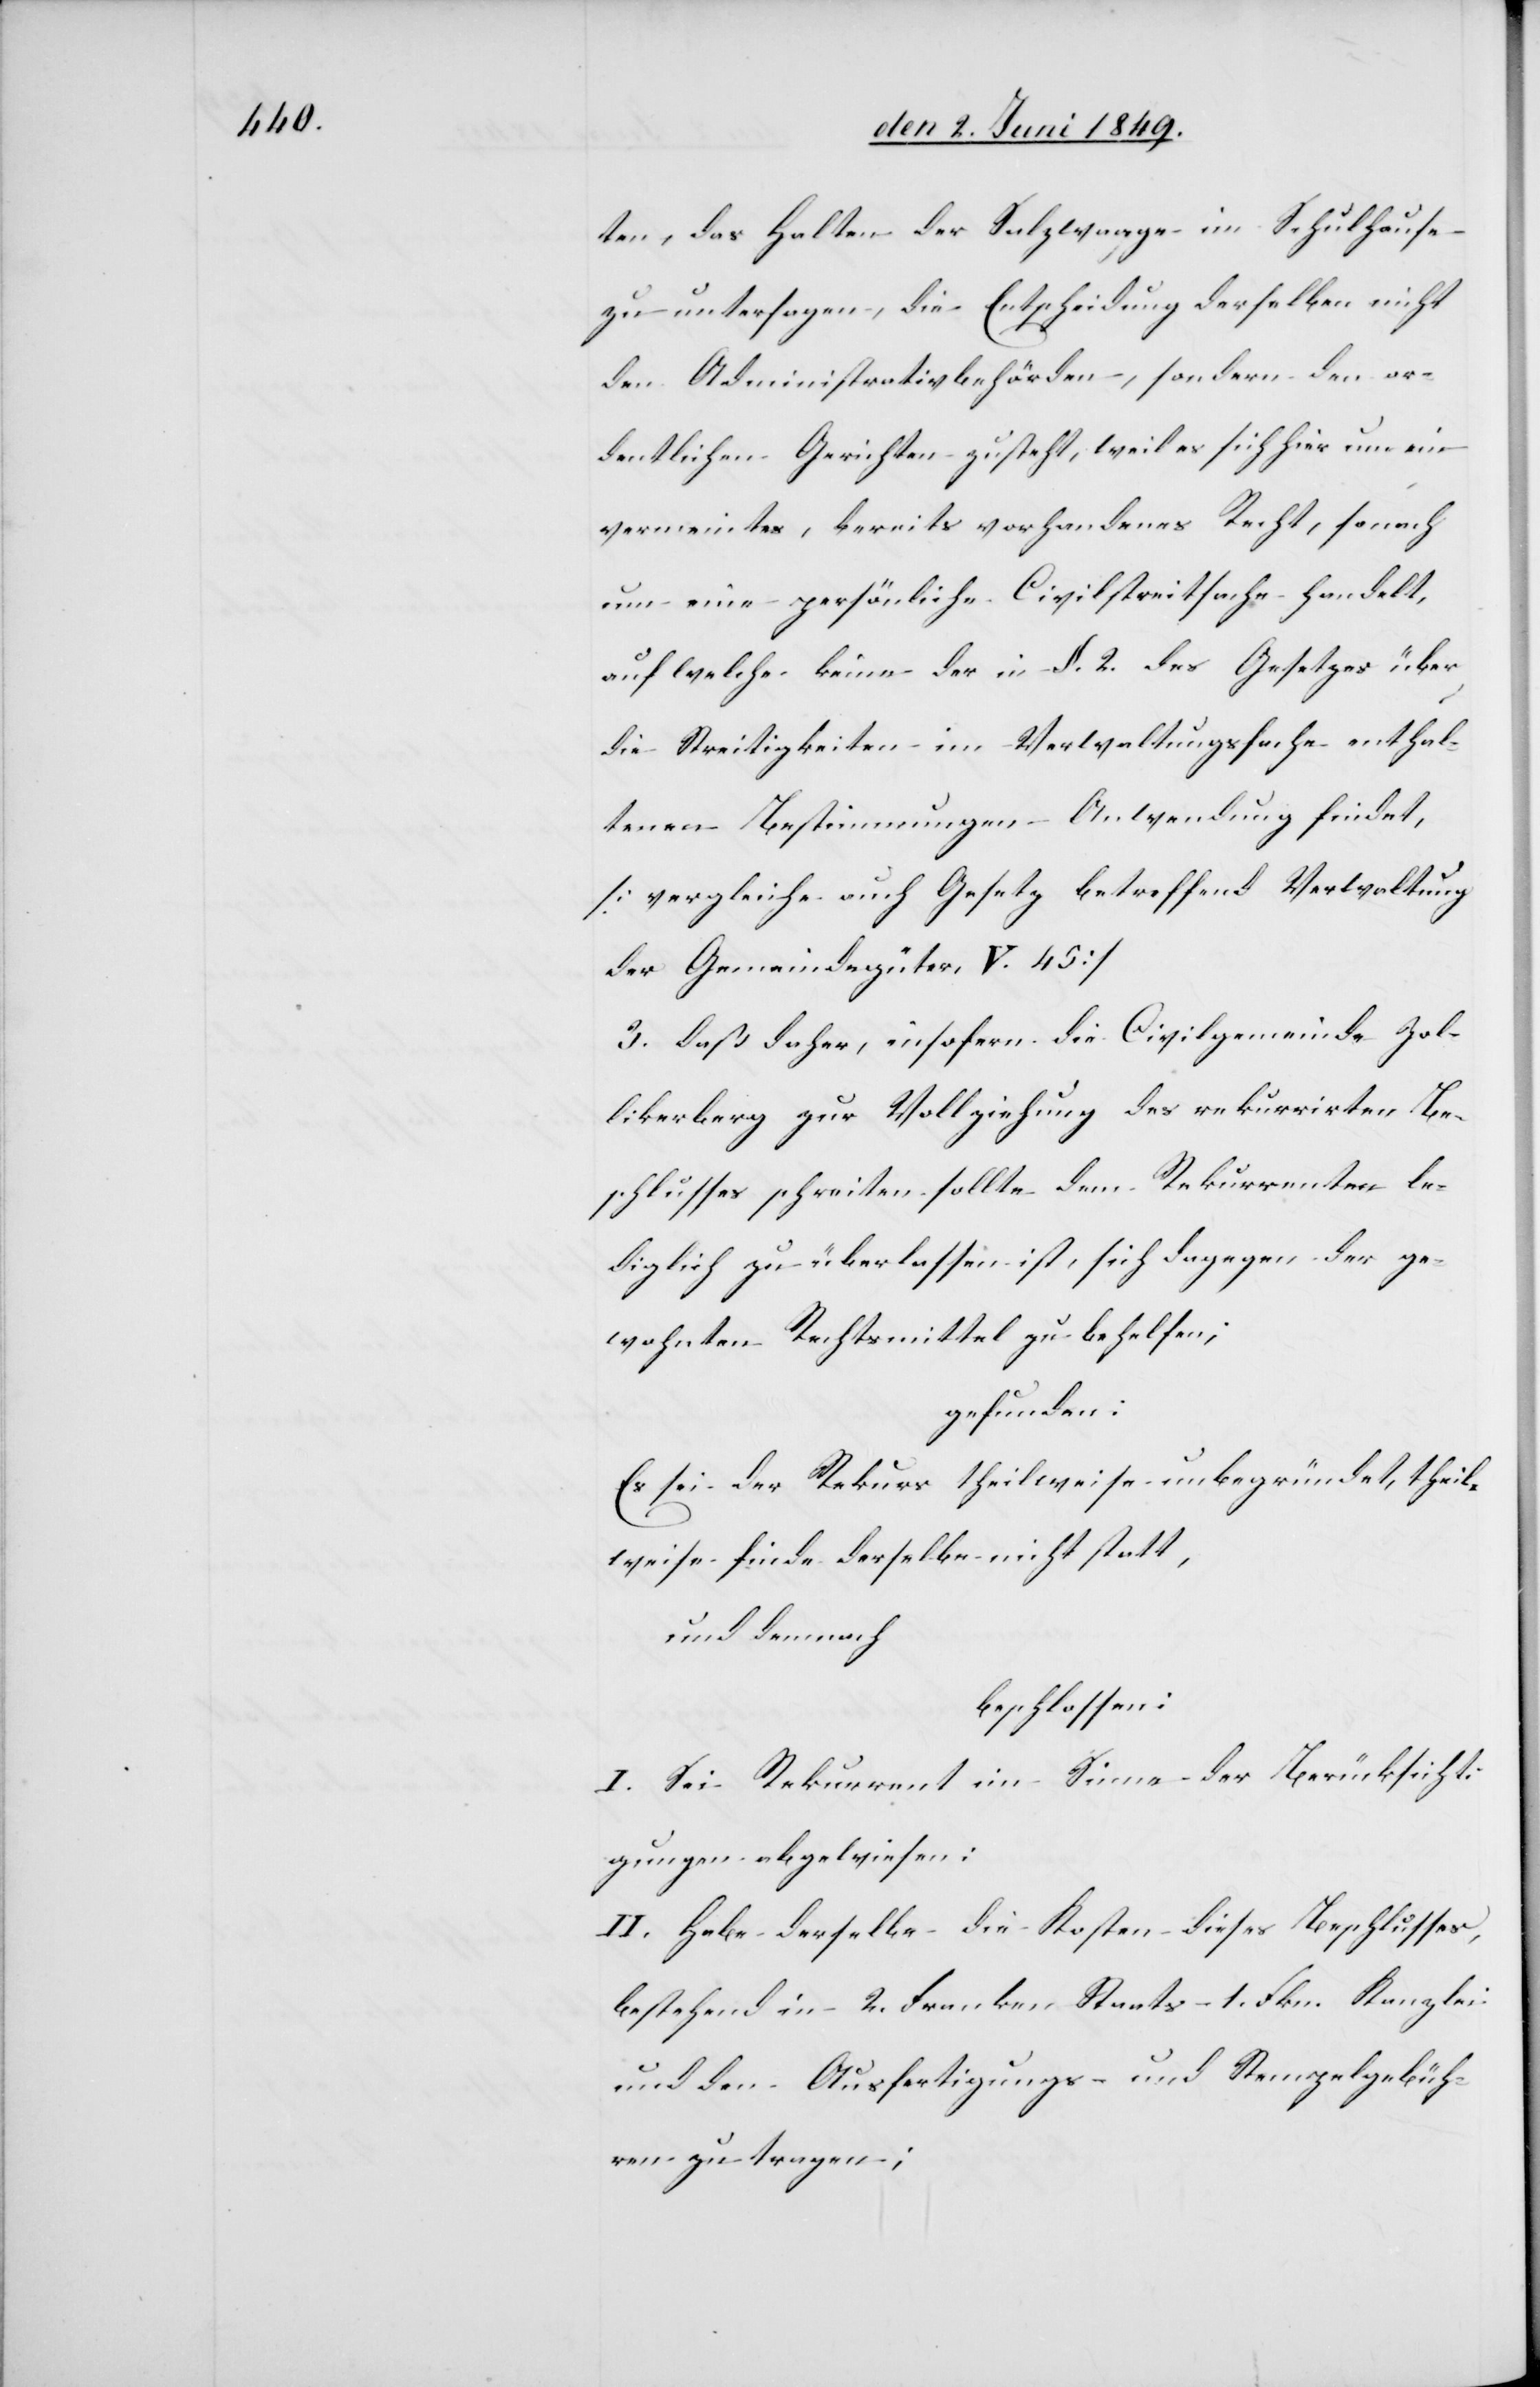
ten, das Halten der Salzwaage im Schulhause
zu untersagen, die Entscheidung derselben nicht
den Administrativbehörden, sondern den or¬
dentlichen Gerichten zusteht, weil es sich hier um ein
vereintes, bereits vorhandenes Recht, sonach
um eine persönliche Civilstreitsache handelt,
auf welche keine der in §. 2. des Gesetzes über
die Streitigkeiten im Verwaltungsfache enthal¬
tenen Bestimmungen Anwendung findet,
[vergleiche auch Gesetz betreffend Verwaltung
der Gemeindegüter V. 45]
3. daß daher, insofern die Civilgemeinde Zol¬
likerberg zur Vollziehung des rekurrirten Be¬
schlusses schreiten sollte dem Rekurrenten le¬
diglich zu überlassen ist, sich dagegen der ge¬
wohnten Rechtsmittel zu behelfen;
gefunden:
Es sei der Rekurs theilweise unbegründet, theil¬
weise finde derselbe nicht statt,
und demnach
beschlossen:
I. Sei Rekurrent im Sinne der Berücksichti¬
gungen abgewiesen:
II. Habe derselbe die Kosten dieses Beschlusses,
bestehend in 2. Franken Staats- 1. Fkn. Kanzlei[-]
und den Ausfertigungs- und Stempelgebüh¬
ren zu tragen;